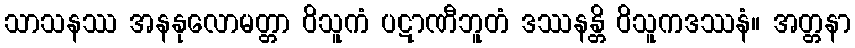
သာသနဿ အနနုလောမတ္တာ ဝိသူကံ ပဋာဏီဘူတံ ဒဿနန္တိ ဝိသူကဒဿနံ။ အတ္တနာ